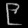
Digit: ၉